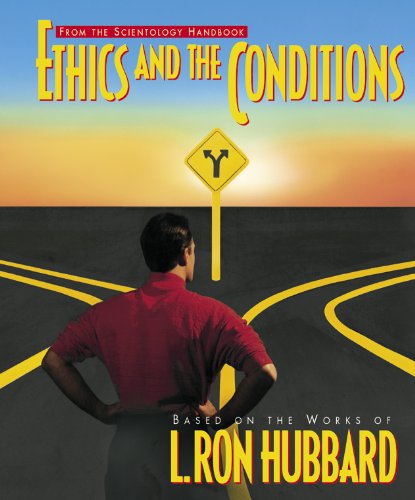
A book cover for Ethics and the Conditions; L. Ron Hubbard; Religion & Spirituality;